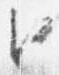
臣